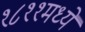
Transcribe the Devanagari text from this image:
१८११मध्ये